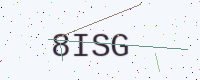
Text: 8ISG